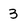
Character: 3